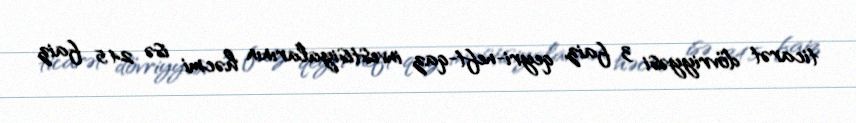
ticarət dövriyyəsi 3 faiz, qeyri-neft-qaz investisiyalarının həcmi isə 24.5 faiz